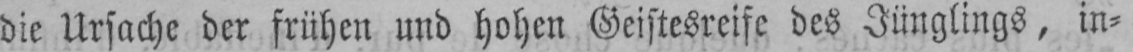
die Ursache der frühen und hohen Geistesreise des Jünglings, in⸗